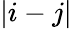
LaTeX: |i-j|